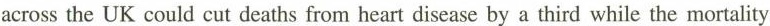
acrossthe UK could cut deaths from heart disease by a third while the mortality